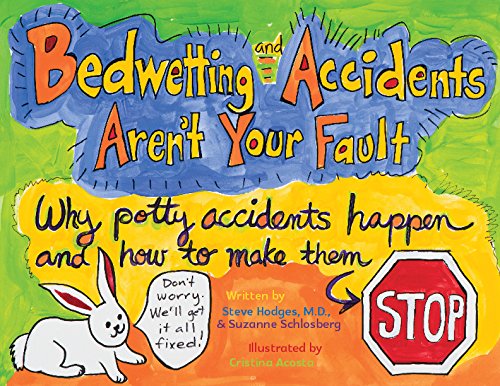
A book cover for Bedwetting and Accidents Aren't Your Fault: How Potty Accidents Happen and How to Make Them Stop; Steve Hodges; Health, Fitness & Dieting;